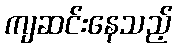
ကျဆင်းနေသည့်